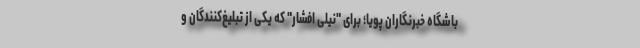
باشگاه خبرنگاران پویا؛ برای "نیلی افشار" که یکی از تبلیغ‌کنندگان و